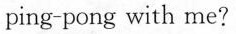
ping-pong with me?